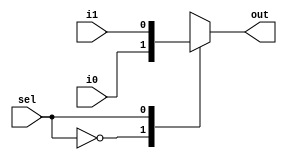
module mux(
    input sel, i0, i1,
    output reg out
);

    always @(sel, i0, i1)
        begin
            case(sel)
                0: out <= i0;
                1: out <= i1;
            endcase
        end
endmodule